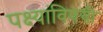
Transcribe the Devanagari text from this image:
पक्ष्यांविषयी